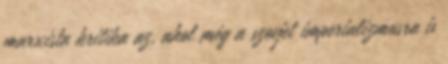
marxista kritika az, ahol még a szovjet imperializmusra is